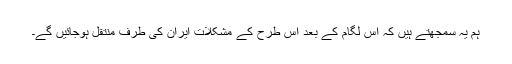
ہم یہ سمجهتے ہیں کہ اس لگام کے بعد اس طرح کے مشکلات ایران کى طرف منتقل ہوجائیں گے۔